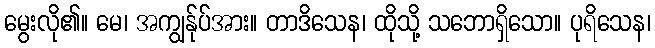
မွေးလို၏။ မေ၊ အကျွန်ုပ်အား။ တာဒိသေန၊ ထိုသို့ သဘောရှိသော။ ပုရိသေန၊